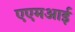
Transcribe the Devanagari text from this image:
एएमआई